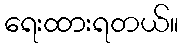
ရေးထားရတယ်။